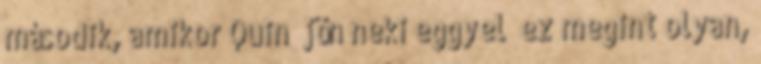
második, amikor Quin “jön neki eggyel” ez megint olyan,